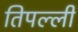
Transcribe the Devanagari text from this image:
तिपल्ली